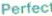
Perfect